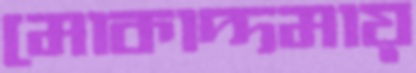
মোকাদ্দমায়